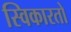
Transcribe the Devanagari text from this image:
स्विकारतो